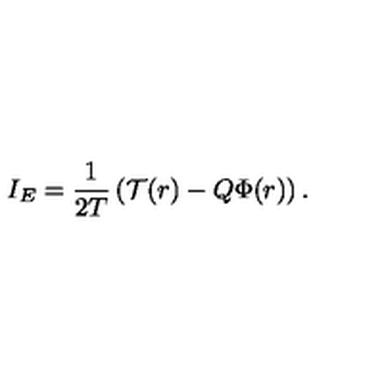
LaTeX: I _ { E } = \frac { 1 } { 2 T } \left( \mathcal { T } ( r ) - Q \Phi ( r ) \right) .